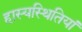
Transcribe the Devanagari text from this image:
हास्यस्थितियां